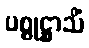
ပစ္စုဋ္ဌာသိံ